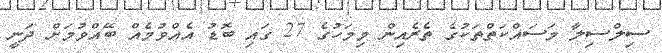
ސިލްސިލާ މަސައްކަތްތަކުގެ ތެރެއިން މިމަހުގެ 27 ގައި ބޮޑު އެއްވުމެއް ބޭއްވުމަށް ދަނީ